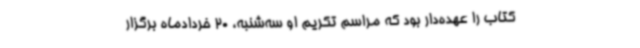
کتاب را عهده‌دار بود که مراسم تکریم او سه‌شنبه، 20 خردادماه برگزار